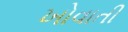
ખોવાતી